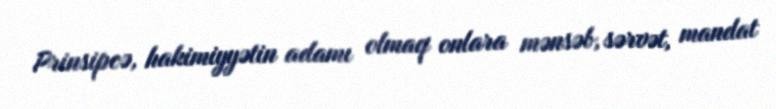
Prinsipcə, hakimiyyətin adamı olmaq onlara mənsəb, sərvət, mandat